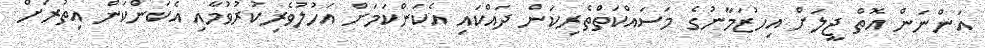
އަންނަން އޮތް ޖީލަށް އިހުޒަމާނުގެ މަސައްކަތްތެރިކަން ދައްކައި އެކަންކަމަށް އަހުލުވެރިކުރުވުމާއި އެކަަންކަން އިތުރަށް